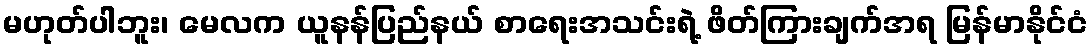
မဟုတ်ပါဘူး၊ မေလက ယူနန်ပြည်နယ် စာရေးအသင်းရဲ့ ဖိတ်ကြားချက်အရ မြန်မာနိုင်ငံ